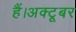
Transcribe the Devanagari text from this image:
हैं।अक्टूबर